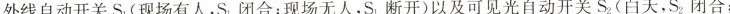
外线自动开关S_{ 1 }(现场有人，S_{ 1 }闭合；现场无人，S_{ 1 }断开)以及可见光自动开关 S_{ 2 }( 白天 ，S_{ 2 }闭合；